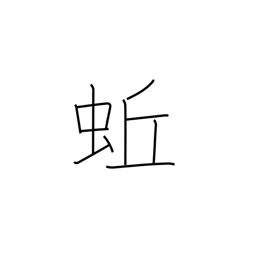
Meaning: earthworm